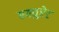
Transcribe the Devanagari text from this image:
एक्युरेट